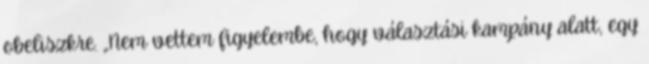
obeliszkre. „Nem vettem figyelembe, hogy választási kampány alatt, egy